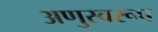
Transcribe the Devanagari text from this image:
अणुस्वरूप